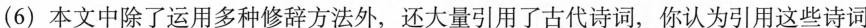
(6)本文中除了运用多种修辞方法外，还大量引用了古代诗词，你认为引用这些诗词